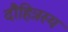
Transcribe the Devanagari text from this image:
दौहित्रस्य